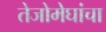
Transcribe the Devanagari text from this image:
तेजोमेघांचा